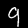
Digit: 9